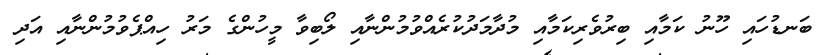
ބަނޑުހައި ހޫނު ކަމާއި ބިރުވެރިކަމާއި މުދާމަދުކުރެއްވުމުންނާއި ލޯބިވާ މީހުންގެ މަރު ހިއްޕެވުމުންނާއި އަދި